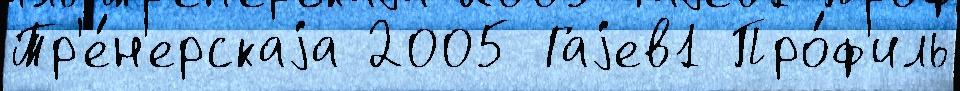
Тр'е́н'ерскаjа 2005 Гаjев1 Про́ф'иль